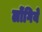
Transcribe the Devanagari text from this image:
लोंगिये